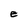
Character: e